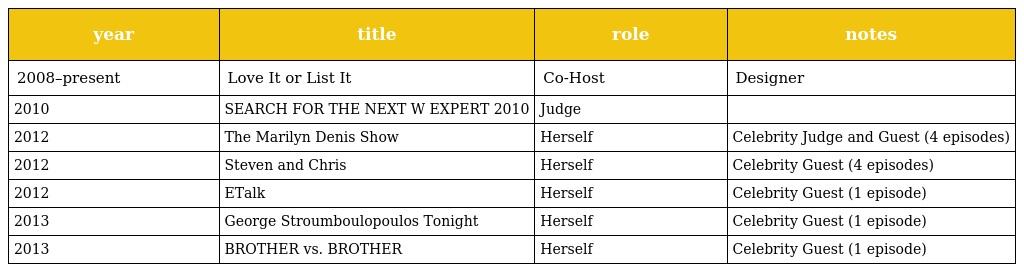
| year | title | role | notes |
 | --- | --- | --- | --- |
 | 2008–present | Love It or List It | Co-Host | Designer |
 | 2010 | SEARCH FOR THE NEXT W EXPERT 2010 | Judge |  |
 | 2012 | The Marilyn Denis Show | Herself | Celebrity Judge and Guest (4 episodes) |
 | 2012 | Steven and Chris | Herself | Celebrity Guest (4 episodes) |
 | 2012 | ETalk | Herself | Celebrity Guest (1 episode) |
 | 2013 | George Stroumboulopoulos Tonight | Herself | Celebrity Guest (1 episode) |
 | 2013 | BROTHER vs. BROTHER | Herself | Celebrity Guest (1 episode) |